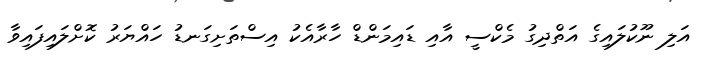
އަލި ނޫކުލައިގެ އަތްދިގު މެކްސީ އާއި ޑައިމަންޑް ހާރާއެކު އިސްތަށިގަނޑު ހައްޔަރު ކޮށްލައިފައިވާ